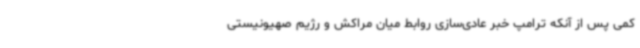
کمی پس از آنکه ترامپ خبر عادی‌سازی روابط میان مراکش و رژیم صهیونیستی